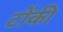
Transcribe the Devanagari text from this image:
टोंकी